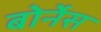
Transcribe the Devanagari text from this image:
बोर्नेस